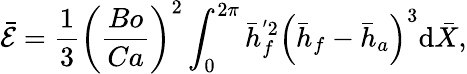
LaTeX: \bar{\mathcal{E}}={\frac{1}{3}}\left({\frac{Bo}{Ca}}\right)^{2}\int_{0}^{2\pi}\bar{h}_{f}^{'2}\left(\bar{h}_{f}-\bar{h}_{a}\right)^{3}\mathrm{d}\bar{X},